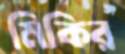
মিকির